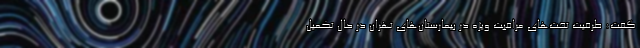
گفت: ظرفیت تخت‌های مراقبت ویژه در بیمارستان‌های تهران در حال تکمیل